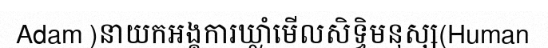
Adam )នាយកអង្គការឃ្លាំមើលសិទ្ធិមនុស្ស(Human